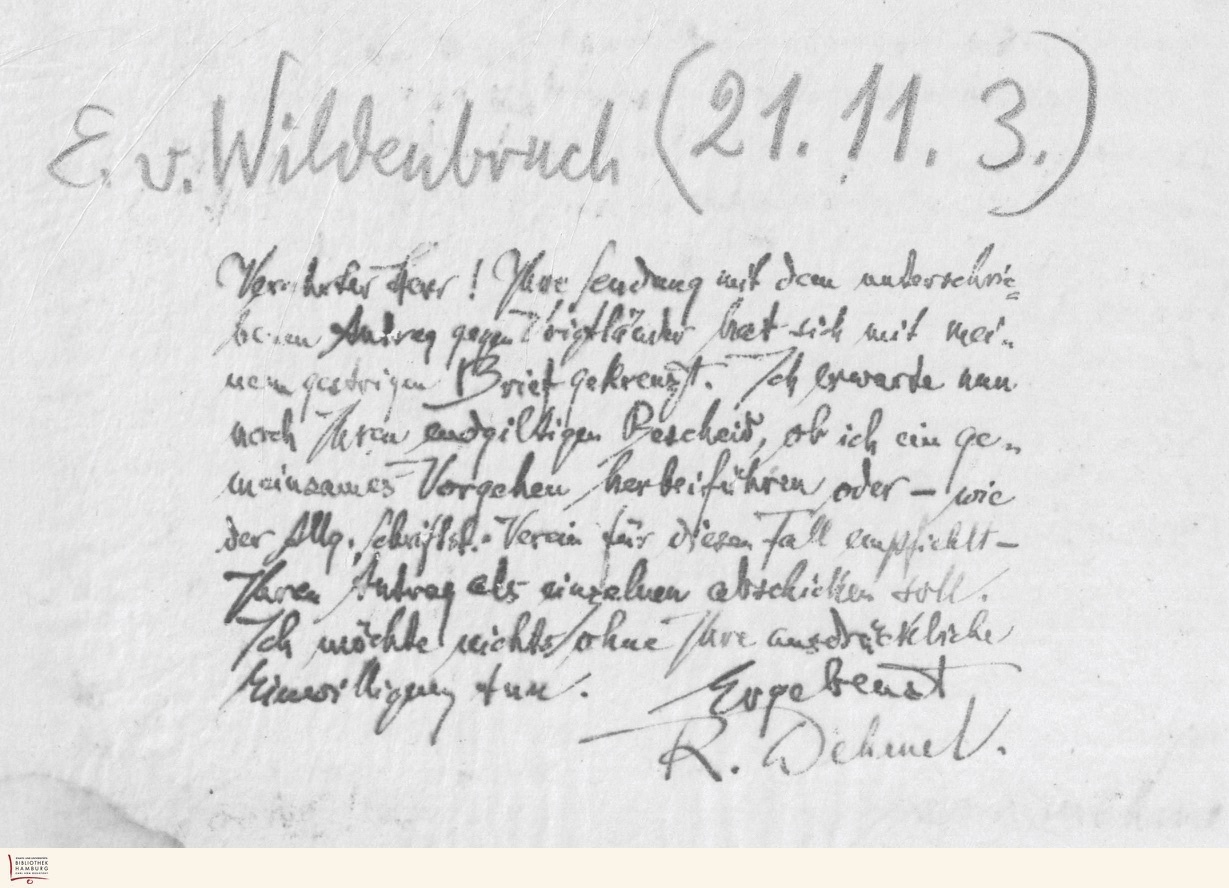
(21.11. 3.)
E. v. Wildenbruch
Verehrter Herr! Ihre Sendung mit dem unterschrie_
benen Antrag gegen Voigtländer hat sich mit mei_
nem gestrigen Brief gekreuzt. Ich erwarte nun
noch Ihren endgültigen Bescheid, ob ich ein ge_
meinsames Vorgehen herbeiführen oder - wie
der Allg. Schriftstl. Verein für diesen Fall empfiehlt-
Ihren Antrag als einzelnen abschicken soll.
Ich möchte nichts/ohne Ihre ausdrückliche
Ergebenst
Einwilligung tun.
R. Dehmel.